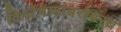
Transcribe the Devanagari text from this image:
विश्लेषणाबरोबरच